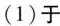
(1)于